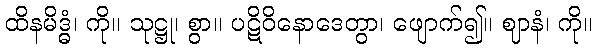
ထိနမိဒ္ဓံ၊ ကို။ သုဋ္ဌု၊ စွာ။ ပဋိဝိနောဒေတွာ၊ ဖျောက်၍။ ဈာနံ၊ ကို။